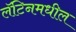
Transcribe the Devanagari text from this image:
लॅटिनमधील